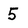
Character: 5